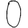
Digit: 0